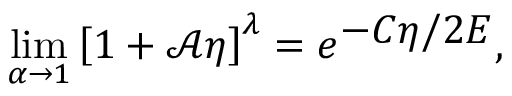
\operatorname* { l i m } _ { \alpha \rightarrow 1 } \left[ 1 + \mathcal { A } \eta \right] ^ { \lambda } = e ^ { \displaystyle - C \eta / 2 E } ,